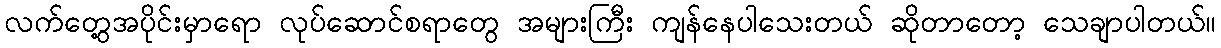
လက်တွေ့အပိုင်းမှာရော လုပ်ဆောင်စရာတွေ အများကြီး ကျန်နေပါသေးတယ် ဆိုတာတော့ သေချာပါတယ်။